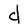
Character: d